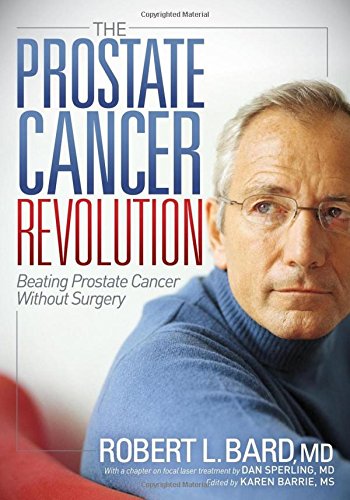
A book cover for The Prostate Cancer Revolution: Beating Prostate Cancer Without Surgery; Robert L Bard; Health, Fitness & Dieting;